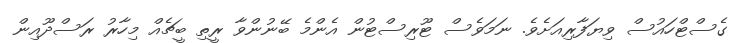
ގެސްޓްހައުސް ވިޔަފާރިއަށެވެ. ނަމަވެސް ޓޫރިސްޓުން އެންމެ ބޭނުންވާ ރީތި ބީޗެއް މިހާރު ރަސްދޫއިން